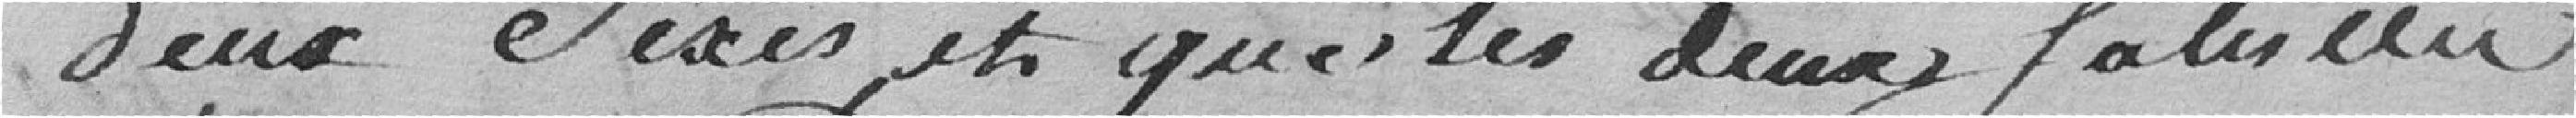
des deux sexes et que les deux futures